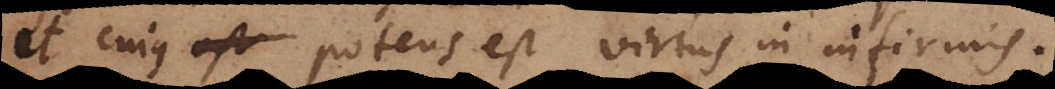
et cujus potens est virtus in infirmis.